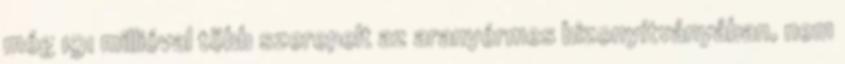
még 191 millióval több szerepelt az aranyérmes bizonyítványában, nem